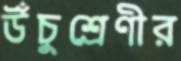
উঁচুশ্রেণীর